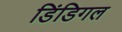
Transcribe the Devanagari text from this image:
डिंडिगल